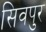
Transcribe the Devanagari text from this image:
सिवपुर